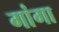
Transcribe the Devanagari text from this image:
गांगा